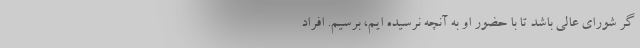
گر شورای عالی باشد تا با حضور او به آنچه نرسیده ایم، برسیم. افراد